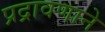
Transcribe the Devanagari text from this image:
प्रद्रावणाने